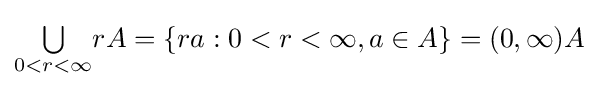
{\textstyle \bigcup \limits _{0<r<\infty }}rA=\{ra:0<r<\infty ,a\in A\}=(0,\infty )A